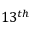
1 3 ^ { t h }